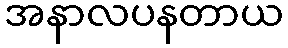
အနာလပနတာယ